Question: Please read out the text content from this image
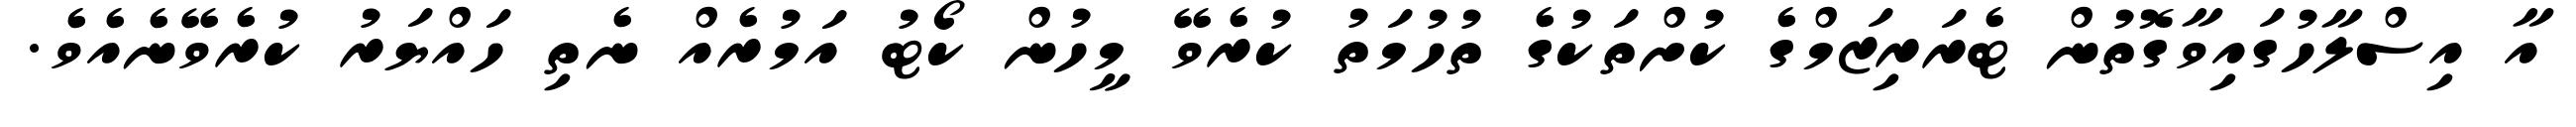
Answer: އާ އިސްލާހުގައިވާގޮތުން ޓެރަރިޒަމްގެ ކުށްތަކުގެ ތުހުމަތު ކުރެވޭ މީހުން ކޯޓު އަމުރެއް ނެތި ހައްޔަރު ކުރެވޭނެއެވެ.